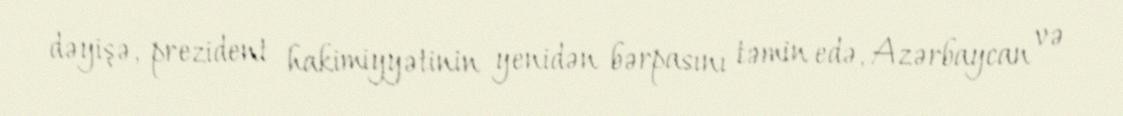
dəyişə, prezident hakimiyyətinin yenidən bərpasını təmin edə, Azərbaycan və